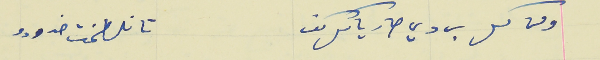
ومن كل بردي صار ياكل كف                                         تا تلطخت خدودو